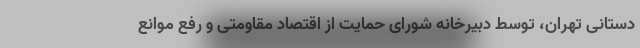
دستانی تهران، توسط دبیرخانه شورای حمایت از اقتصاد مقاومتی و رفع موانع